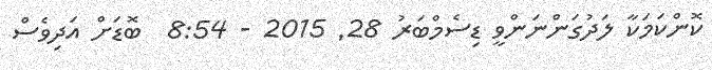
ކޮންކަމަކާ ލަދުގަންނަންވީ ޑިސެމްބަރު 28